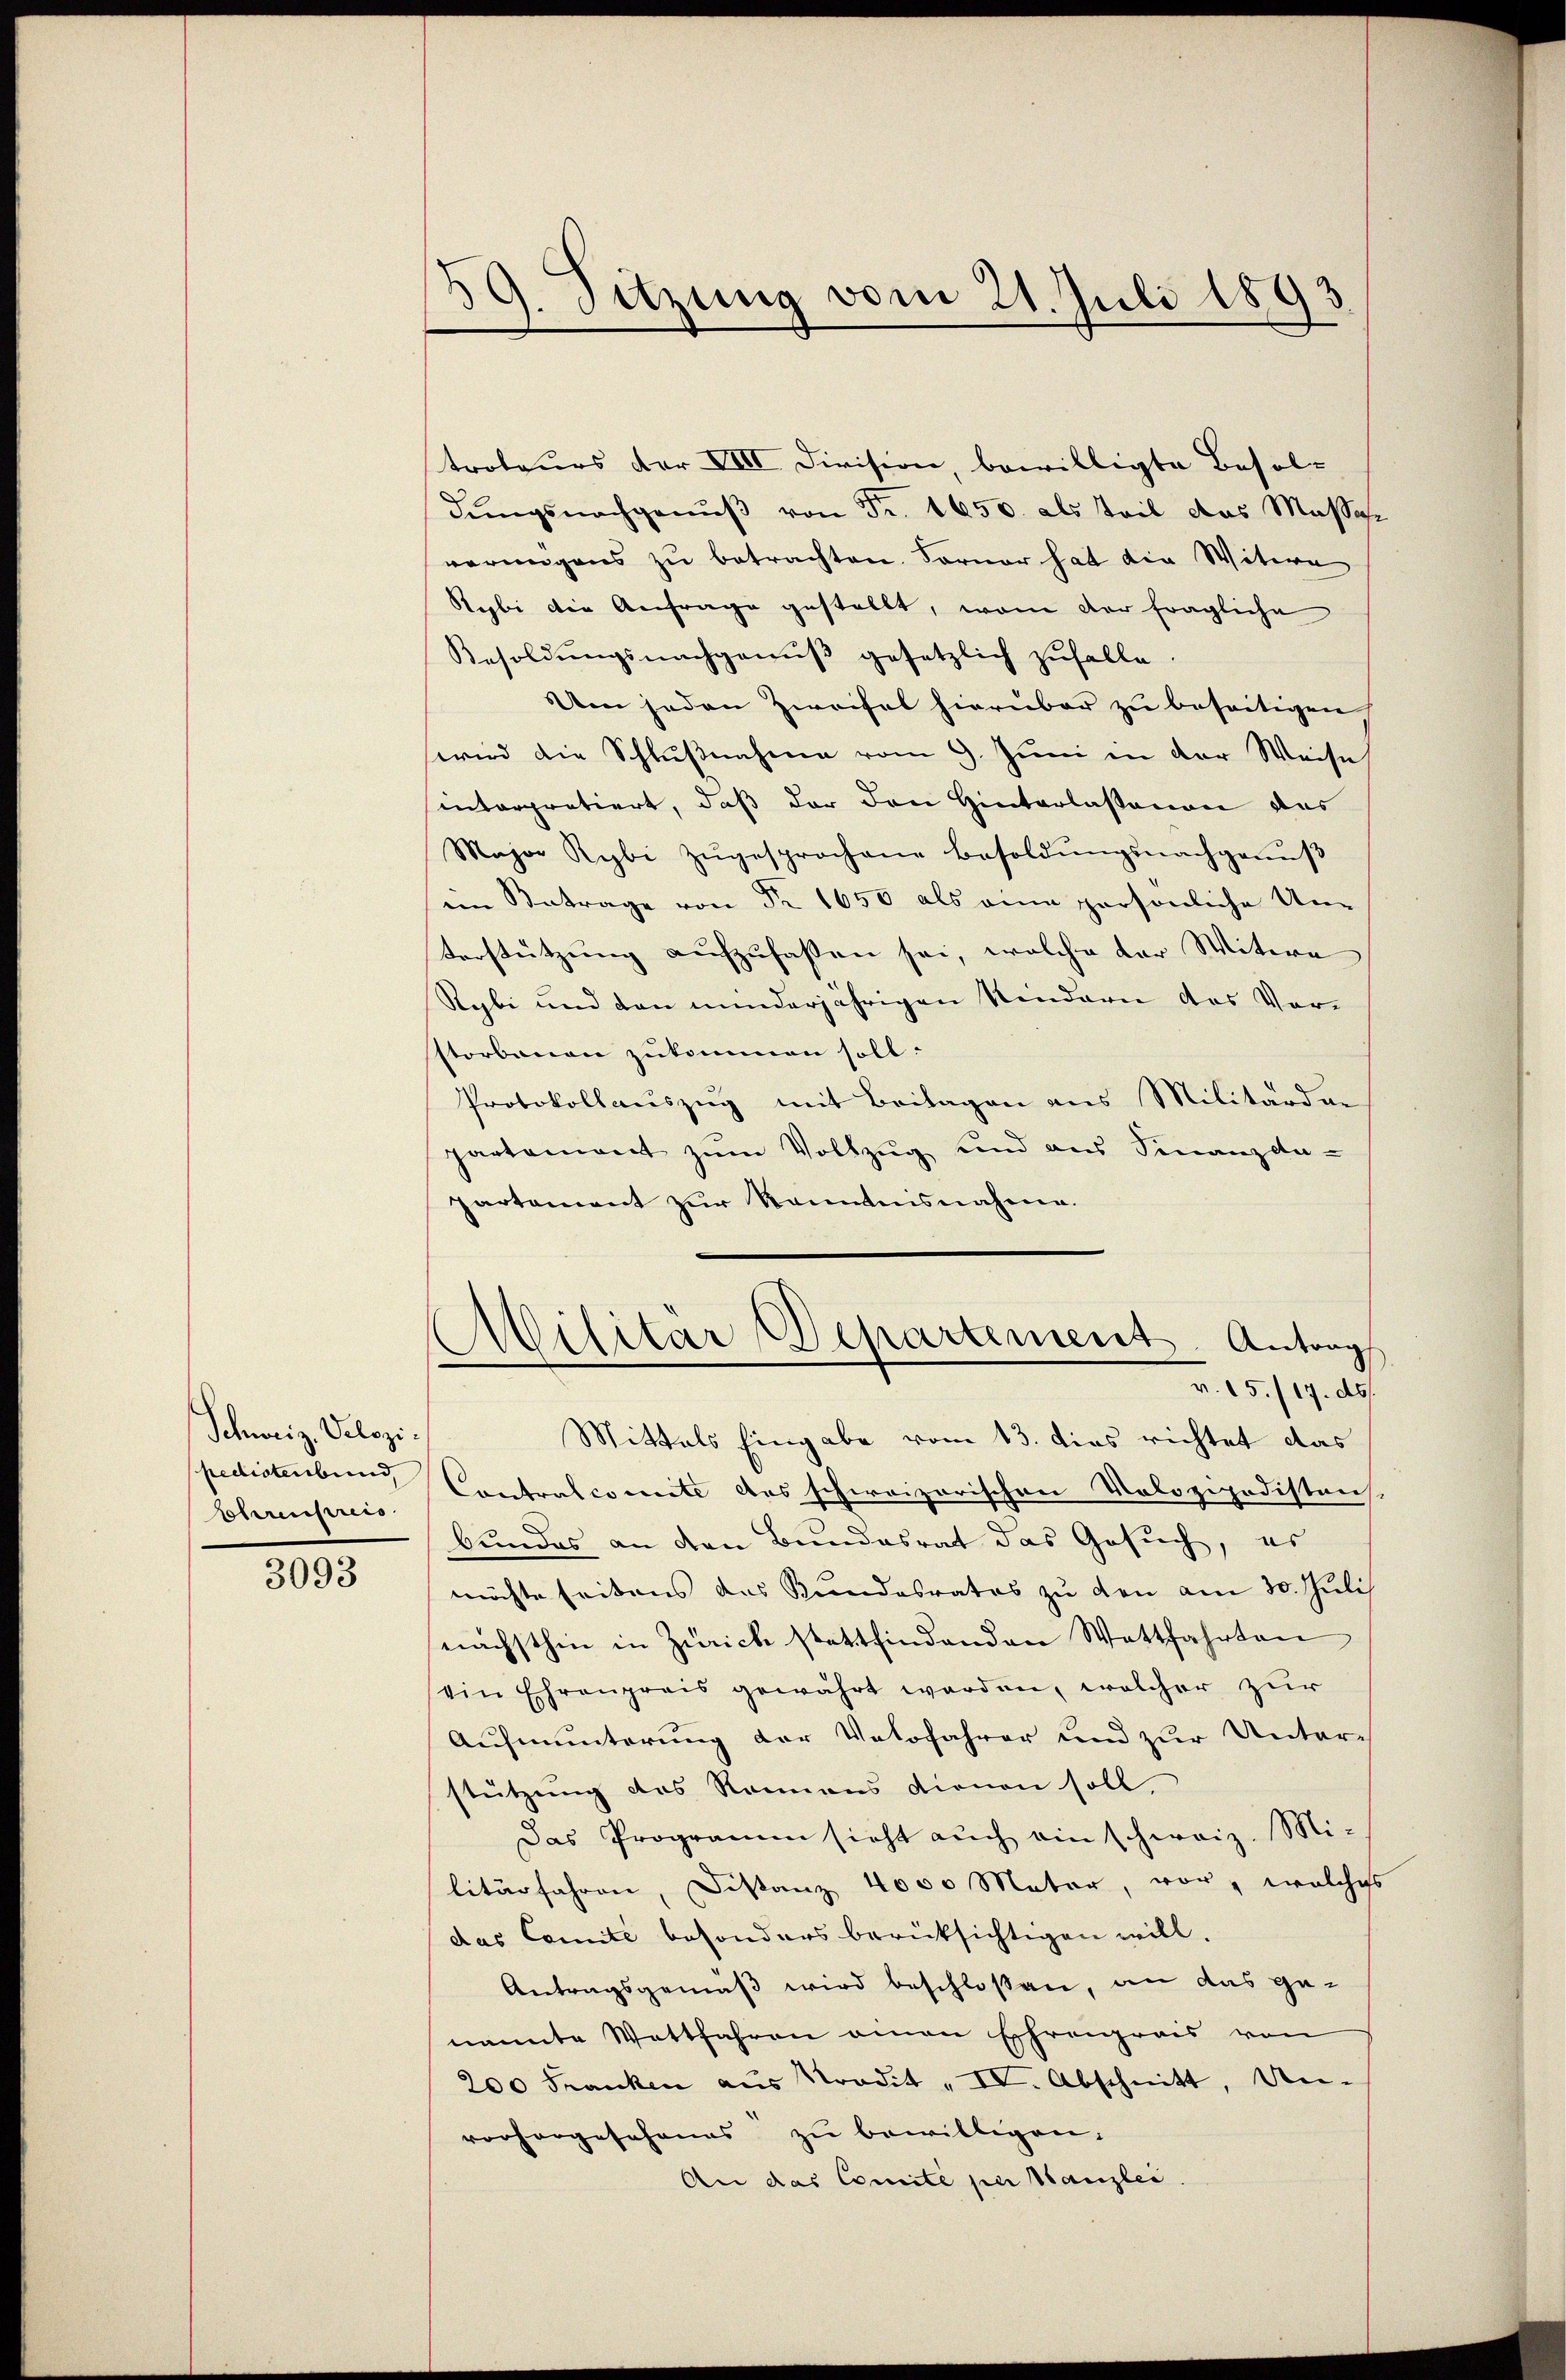
Schweiz. Velozi.
pedisterbund
Lohrenpreis

3093

59. Sitzung vom 21. Juli 1893
d

troleurs der VIII Division, bewilligte Besoldŭngsnachgenŭβ von Fr. 1650. als Teil das Masse
werungens zu betrachten. Forner hat die Witern
Rybi die Anfrage gestellt, vom der fragliche
Besoldŭngsnachgenŭβ gesetzlich zufalle.
Um jeden Zweifel hierüber zŭ beseitigen,
wird die Schlußnahme vom 9. Juni in der Weise
interpratiert, daß der den Hinterlassenen das
Major Rybi zŭgesprochene Besoldŭngsnachganŭβ
ein Betrage von Fr. 1650 als eine persönliche Un-
Verstützung aufzufassen sei, welche der Witwe
Rybi und den minderjährigen Kindern das Vor-
storbenen zukommen soll.
Protokollauszug mit Beilagen aus Militärdie
partament zŭm Vollzŭg und aus Finanzda-
partement zur Kenntnisnahme.
Wilitar Departement. Antrag
15./19. ds.
Mittels Eingabe vom 13. dies richtet das
Contralcomite das schweizerischen Volozipodistans-
bundes an den Bundesrat das Gesuch, es
möchte seitens das Kindesrates zu den am 30. Juli
nächsthin in Zürich stattfindenden Wattfahrten
ein Ehrenpreis gewährt werden, welcher zur
Aufmunterung der Votofahrer und zur Unter-
stützung des Rennens dienen soll
Das Programm sieht auch ein schweiz. Mi-
litärfahren, Distanz 4000 Meter, vor, welches
das Comite besonders berücksichtigen will.
Antragsgemäß wird beschloßen, an das genannte Wattfahren einen Ehrenprais von
200 Franken aŭs Kredit "IV. Abschnitt, Un-
vorhergesehenes zu bewilligen.
An das Comité per Kanzlei